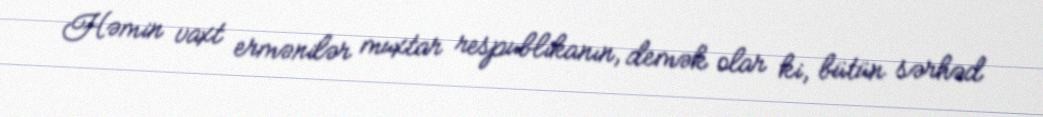
Həmin vaxt ermənilər muxtar respublikanın, demək olar ki, bütün sərhəd